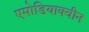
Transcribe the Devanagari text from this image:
एमोडियाक्वीन